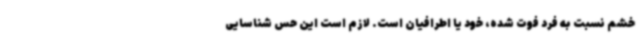
خشم نسبت به فرد فوت شده، خود یا اطرافیان است. لازم است این حس شناسایی